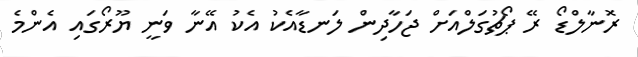
ރޮނާލްޑޯ ރޭ ޕޯޗުގަލްއަށް ޖަހާދިން ލަނޑާއެކު އެކު އޭނާ ވަނީ ޔޫރޯގައި އެންމެ